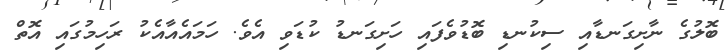
ބޮލުގެ ނާށިގަނޑާއި ސިކުނޑި ބޮޑުވެފައި ހަށިގަނޑު ކުޑަވި އެވެ. ހަމައެއާއެކު ރަހިމުގައި އޮތް